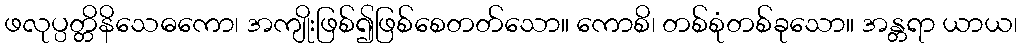
ဖလုပ္ပတ္တိနိသေဓကော၊ အကျိုးဖြစ်၍ဖြစ်စေတတ်သော။ ကောစိ၊ တစ်စုံတစ်ခုသော။ အန္တရာ ယာယ၊